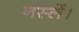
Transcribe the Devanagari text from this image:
नस्लें।